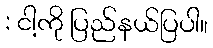
: ငါ့ကို ပြည်နယ်ပြပါ။